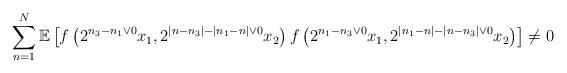
LaTeX: \begin{align*} \sum_{n=1}^N\mathbb{E}\left[f\left(2^{n_3-n_1\vee 0}x_1,2^{|n-n_3|-|n_1-n|\vee 0}x_2\right)f\left(2^{n_1-n_3\vee 0}x_1,2^{|n_1-n|-|n-n_3|\vee 0}x_2\right)\right]\neq 0\end{align*}